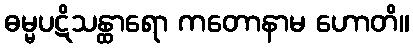
ဓမ္မပဋိသန္ထာရော ကတောနာမ ဟောတိ။